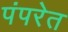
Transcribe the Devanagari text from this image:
पंपरेत